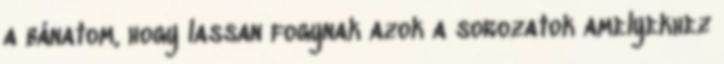
a bánatom, hogy lassan fogynak azok a sorozatok amelyekhez